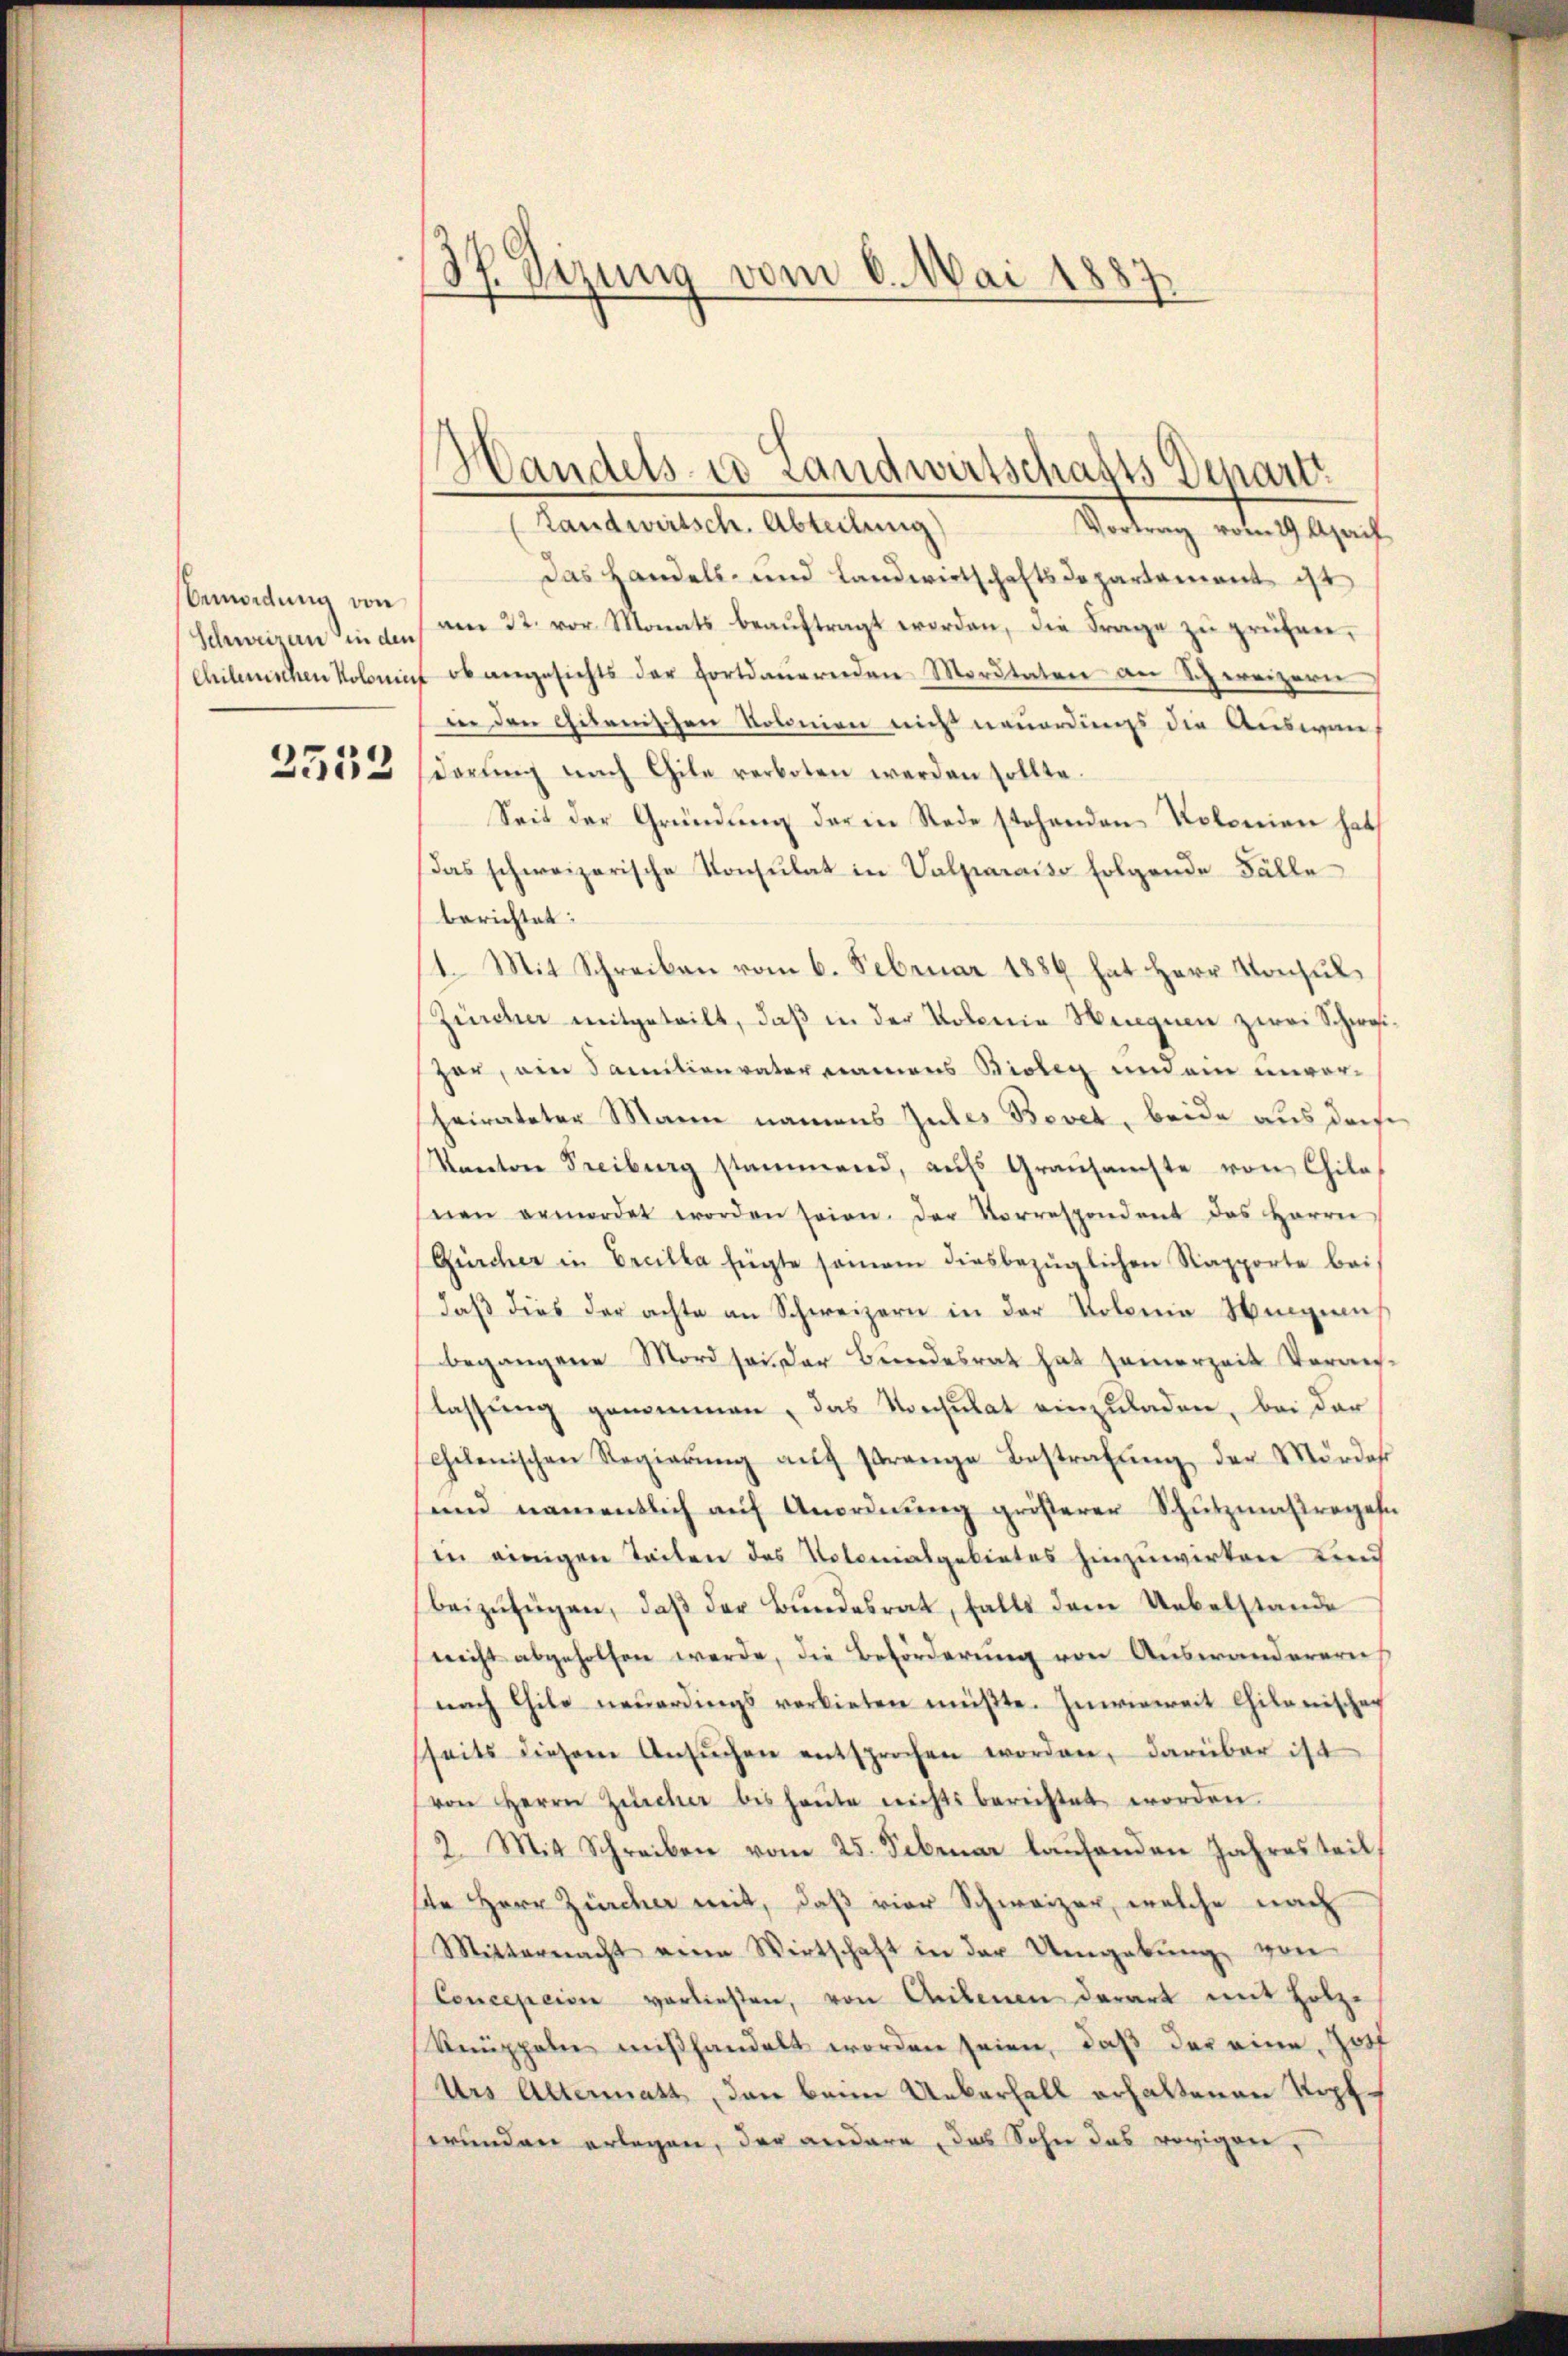
Bemordung von

2552

Sp Sizung vom 6. Mai 1887
.

(Landwirtsch. Abteilung)
Vortrag vom 29. April
Das Handels- und Landwirtschaftsdepartement ist
Schweizen in d. am 22. vor Monats beaŭftragt worden, die Frage zŭ prüfen,
chilenischen Kolomit ob angesichts der fortdauernden Mordtaten an Schweizern
in den Gitanischen Kolonien nicht neuerdings die Auswandarŭng nach Gile verboten werden sollte.
Seit der Gründŭng der in Rede stehenden Kolonien hat
das schweizerische Konsulat in Valparaiso folgende Fälle
berichtet:
1. Mit Schreiben vom 6. Februar 1886 hat Herr Konsul¬
Zürcher mitgeteilt, daß in der Kolonie Hegnen zwei Schwei¬
Zor, ein Sanition vater namens Bioleg und ein unvorheirateter Mann namens Gutes Bovet, beide aus dem
Kanton Freiburg stammend, aufs Graŭsamste von Chila
snen ermordet worden seien. Der Vorrespondent das Herrn
Gürcher in Ereilla fügte seinem diesbezüglichen Rapporte bei
daβ dies der achte an Schweizern in der Kolonia Wingniß
begangene Mord sei der Bŭndesrat hat seinerzeit Veran-
lassŭng genommen, das Konsulat einzuladen, bei der
celenischen Regierŭng aŭf Prange Bestrafŭng der Mordes
und namentlich auf Anordnung größerer Schutzmaßregeln
in einigen Teilen des Notonialgebietes hinzuwirken und
beizufügen, daß der Bundesrat, falls dem Uebelstande
nicht abgeholfen werde, die Beförderung von Auswandererns
nach Chile neŭerdings verbieten müβte. Inwieweit Chikanischen
sseits diesem Ansŭchen entsprochen worden, darüber ist
von Herrn Züricher bis heŭte nichts berichtet worden.
2. Mit Schreiben vom 25. Februar laŭfenden Jahresteil
de Herr Zürcher mit, daß vier Schweizer, welche nach
Mittermacht eine Wirtschaft in der Umgebŭng von
Conception vorließen, von Seitenen derart mit Holze
Knüppeln mißhandelt worden seien, daß der eine Gott
Urs Altermatt, den beim Ueberfall erhaltenen Kopfwunden erlegen, der andere, das Sohn das vorigen,

Handels- u Landwirtschafts Depart